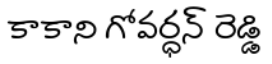
కాకాని గోవర్ధన్ రెడ్డి